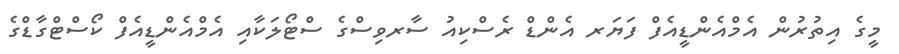
މީގެ އިތުރުން އެމްއެންޑީއެފް ފަޔަރ އެންޑް ރެސްކިއު ސާރވިސްގެ ސްޓޯލަކާއި އެމްއެންޑީއެފް ކޯސްޓްގާޑްގެ